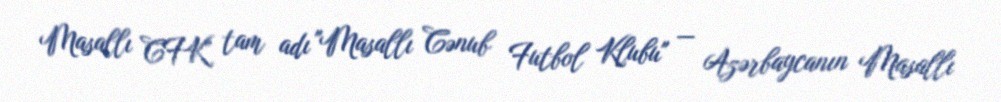
Masallı CFK" tam adı "Masallı Cənub Futbol Klubu" — Azərbaycanın Masallı